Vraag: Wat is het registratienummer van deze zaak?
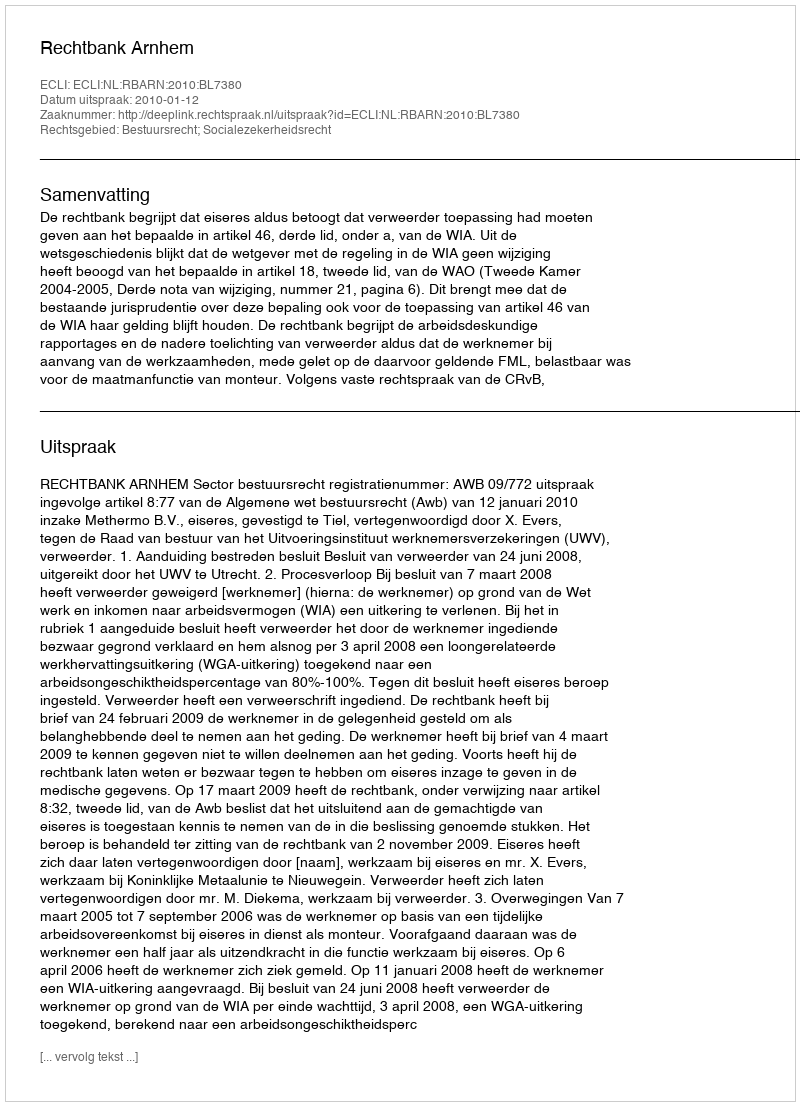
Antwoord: http://deeplink.rechtspraak.nl/uitspraak?id=ECLI:NL:RBARN:2010:BL7380